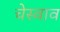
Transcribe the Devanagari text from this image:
चेस्वाव